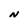
Character: N